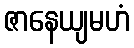
ဇာနေယျမဟံ